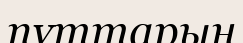
пұттарын